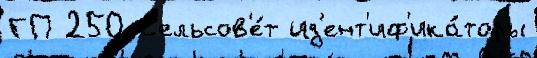
ГП 250 С'ельсов'е́т ид'ент'иф'ика́торы